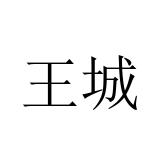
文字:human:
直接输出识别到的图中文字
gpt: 王城